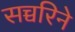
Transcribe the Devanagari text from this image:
सच्चरिने